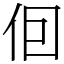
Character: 𪜭